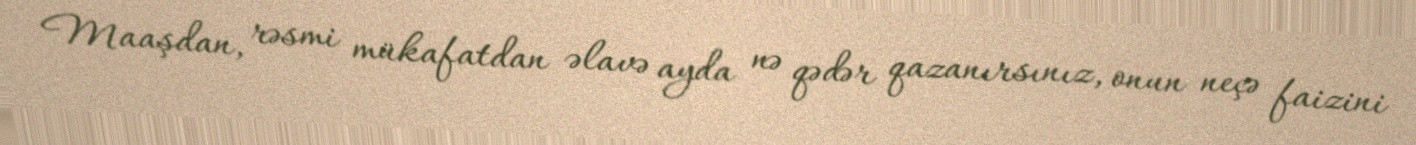
Maaşdan, rəsmi mükafatdan əlavə ayda nə qədər qazanırsınız, onun neçə faizini